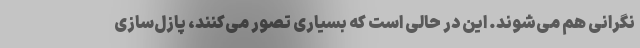
نگرانی هم می‌شوند. این در حالی است که بسیاری تصور می‌کنند، پازل‌سازی